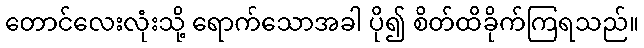
တောင်လေးလုံးသို့ ရောက်သောအခါ ပို၍ စိတ်ထိခိုက်ကြရသည်။